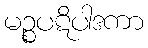
မဉ္စပဋိပါဒကာ